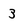
Character: 3